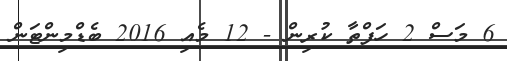
6 މަސް 2 ހަފްތާ ކުރިން - 12 މެއި 2016 ބެޑްމިންޓަން